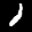
Digit: 8